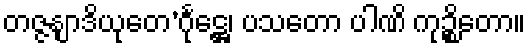
တဇ္ဇနျာဒိယုတေ’င်္ဂုဋ္ဌေ၊ ပသတော ပါဏိ ကုဉ္စိတော။